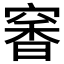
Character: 𥧎